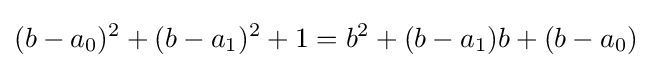
(b-a_{0})^{2}+(b-a_{1})^{2}+1=b^{2}+(b-a_{1})b+(b-a_{0})